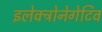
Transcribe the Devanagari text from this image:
इलेक्ट्रोनेगेटिव